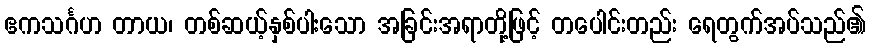
ဧကသင်္ဂဟ တာယ၊ တစ်ဆယ့်နှစ်ပါးသော အခြင်းအရာတို့ဖြင့် တပေါင်းတည်း ရေတွက်အပ်သည်၏